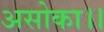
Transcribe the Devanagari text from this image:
असोका।।